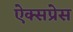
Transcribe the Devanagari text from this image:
ऐक्सप्रेस